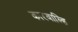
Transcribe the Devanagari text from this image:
कारवाल्हि